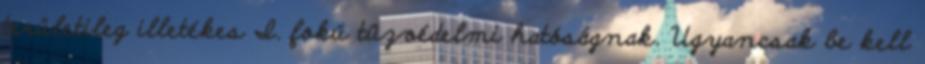
területileg illetékes I. fokú tûzvédelmi hatóságnak. Ugyancsak be kell